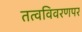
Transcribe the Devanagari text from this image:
तत्वविवरणपर